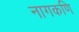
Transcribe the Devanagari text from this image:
नागकणि